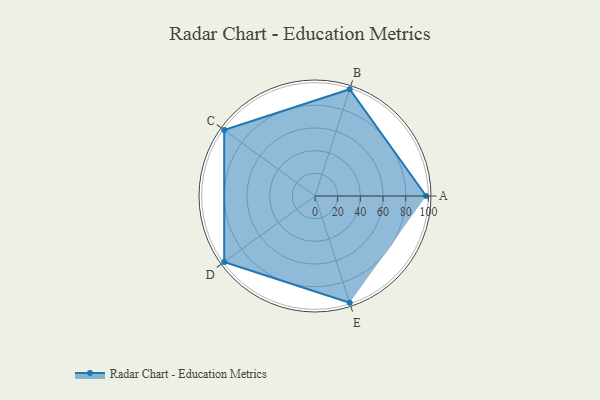
{"axis": {"x": "Skill", "y": "Score"}, "legend": ["Profile"], "data": [{"x": "A", "y": 98.0, "type": "Profile"}, {"x": "B", "y": 99, "type": "Profile"}, {"x": "C", "y": 99, "type": "Profile"}, {"x": "D", "y": 99, "type": "Profile"}, {"x": "E", "y": 99, "type": "Profile"}]}